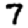
Digit: 7